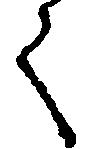
く